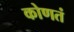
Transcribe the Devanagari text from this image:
कोणतं